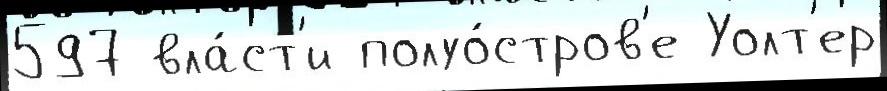
597 вла́ст'и полуо́стров'е Уолт'ер